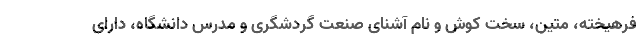
فرهیخته، متین، سخت کوش و نام آشنای صنعت گردشگری و مدرس دانشگاه، دارای